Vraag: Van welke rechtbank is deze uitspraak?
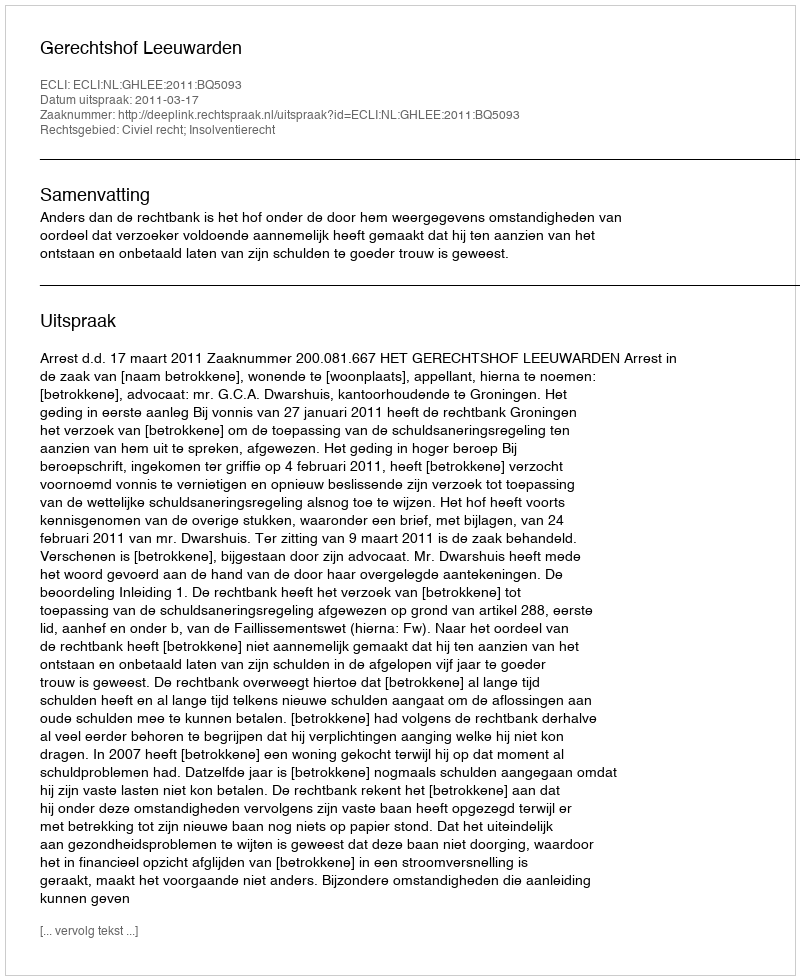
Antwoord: Gerechtshof Leeuwarden